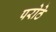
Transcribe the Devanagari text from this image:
परोठे